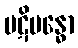
ပဋိဗန္ဓော